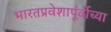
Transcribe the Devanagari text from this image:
भारतप्रवेशापूंर्वीच्या